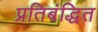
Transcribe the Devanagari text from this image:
प्रतिबंद्धित